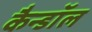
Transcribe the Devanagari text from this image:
कैन्डॉल